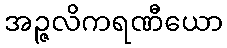
အဉ္ဇလိကရဏီယော